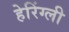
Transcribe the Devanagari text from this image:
हेरिंग्ली